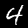
Digit: 4